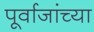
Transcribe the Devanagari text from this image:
पूर्वाजांच्या